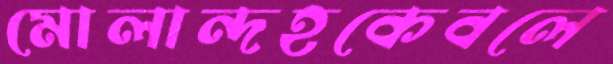
মোলান্দহকেবলে